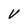
Character: V